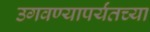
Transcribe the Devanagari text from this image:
उगवण्यापर्यंतच्या